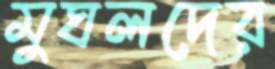
মুঘলদের